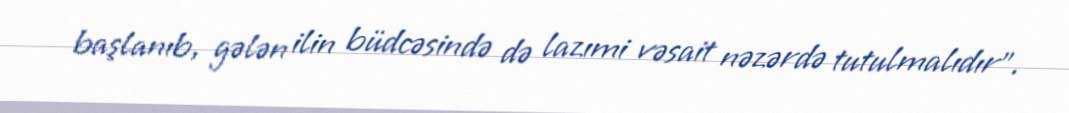
başlanıb, gələn ilin büdcəsində də lazımi vəsait nəzərdə tutulmalıdır”.